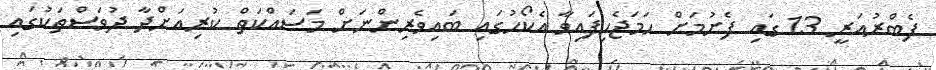
ފެބްރުއަރީ 13 ގައި ފެށުމަށް ހަމަޖެހިފައިވާ އެކޯހުގައި ބައިވެރިންނަށް މަސައްކަތް ކުރިއަށްދާ ދުވަސްތަކުގައި